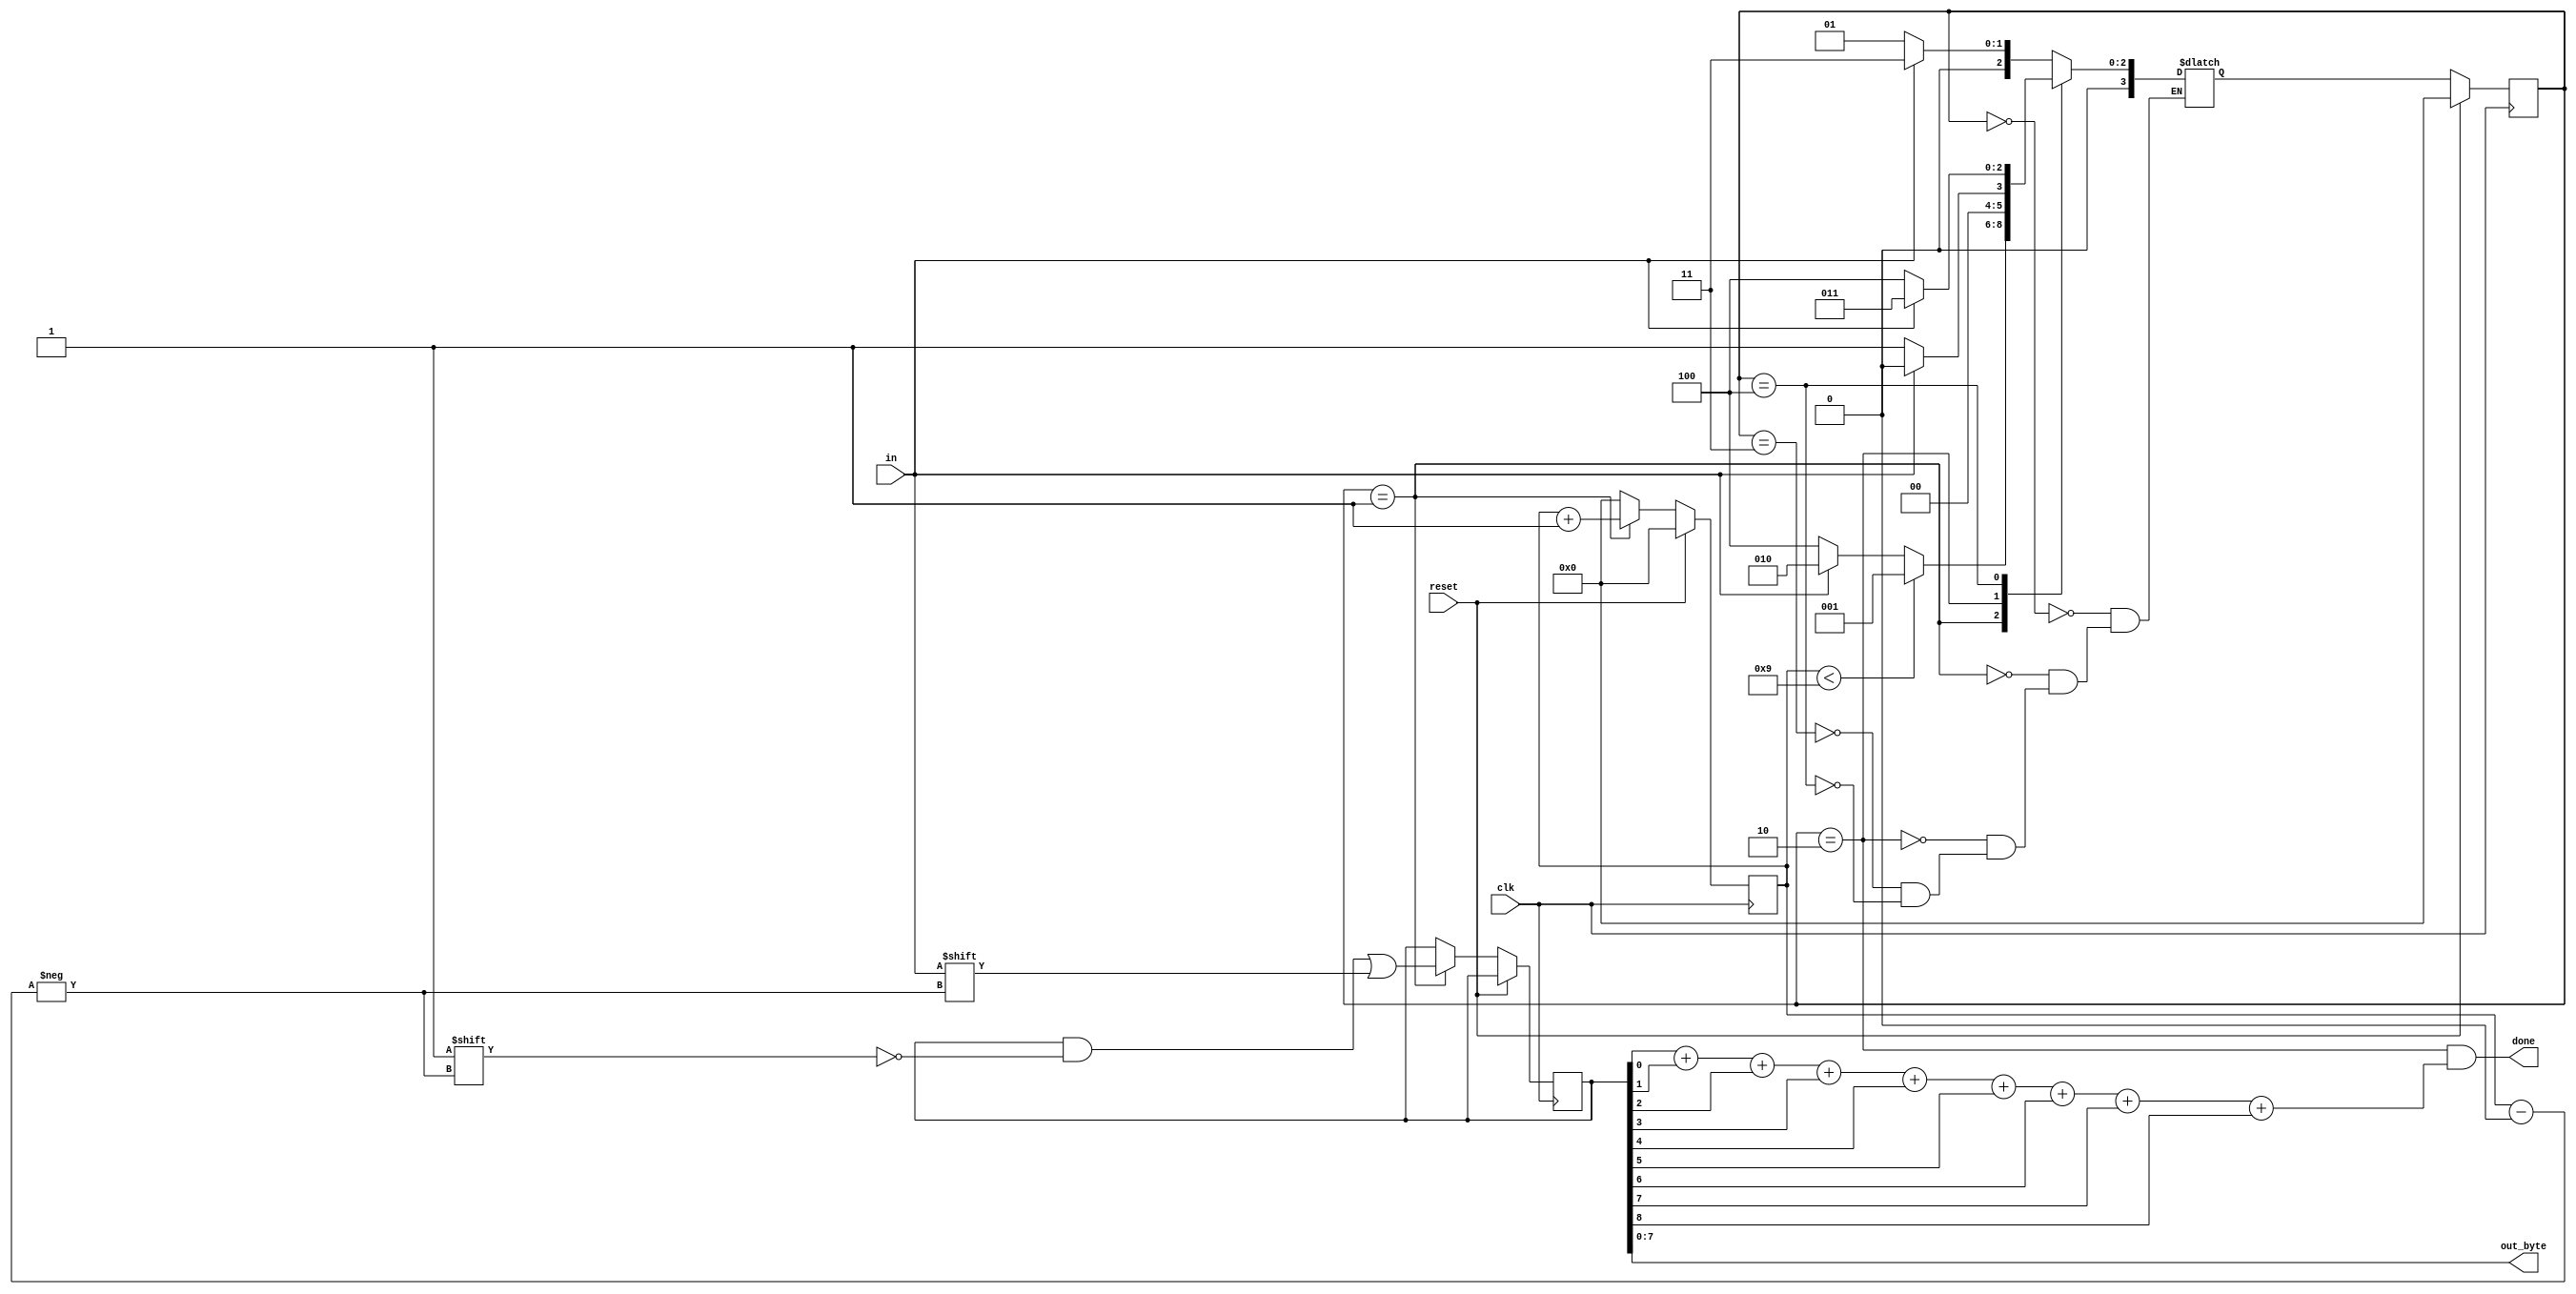
module top_module(
    input clk,
    input in,
    input reset,    // Synchronous reset
    output [7:0] out_byte,
    output done
); //

    // Modify FSM and datapath from Fsm_serialdata

    // Use FSM from Fsm_serial
parameter START=0, DATA=1, STOP=2, IDLE=3, ERROR=4;
    reg [3:0] state, next;
    reg [3:0] counter;
    reg [8:0] tmp;
    wire odd, res, odd_tmp;
    
    always@(*) begin
        case(state)
            START: next = in? IDLE : DATA; // if two 1's in a row at start, go to idle, otherwise start data receive
            DATA: next = (counter < 9)? DATA : ( in? STOP : ERROR ); // check if alreay 9 bits, otherwise check stop bit 
            STOP: next = in? START : DATA; // output done=1, check start bit 
            IDLE: next = in? IDLE : DATA; // check in==0
            ERROR: next = in? IDLE : ERROR; // wait until a stop bit otherwise wait in error
        endcase
    end
    
    always@(posedge clk) begin
        if(reset) begin
            state <= START;
            counter <= 4'b0;
          //  res <= 1;
        end
        else begin
            state <= next; 
            if(state == DATA) begin
                counter <= counter +1;             
                tmp[counter] <= in;
         //       res <= 0;
           //     odd_tmp <= odd;
            end
            else begin 
                counter <= 4'b0;
            //    res <= 1;
            end
        end
    end
    assign odd_tmp = tmp[0]+tmp[1]+tmp[2]+tmp[3]+tmp[4]+tmp[5]+tmp[6]+tmp[7]+tmp[8];
    assign done = (state == STOP && odd_tmp );

    // New: Datapath to latch input bits.
    assign out_byte = tmp[7:0];
    // New: Add parity checking.
   // parity p1(clk, res, in, odd);
endmodule